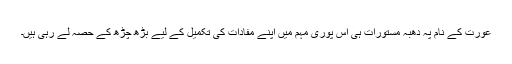
عورت کے نام پہ دھبہ مستورات ہی اس پوری مہم میں اپنے مفادات کی تکمیل کے لیے بڑھ چڑھ کے حصہ لے رہی ہیں۔